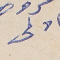
اولى